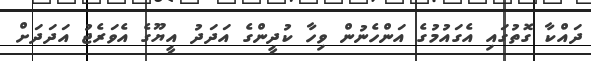
ދައްކާ ގޮތުގައި އެގައުމުގެ އަންހެނުން ވިހާ ކުދީންގެ އަދަދު އީޔޫގެ އެވަރެޖު އަދަދަށް